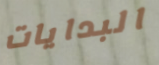
البدايات